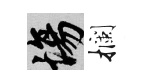
場攔